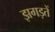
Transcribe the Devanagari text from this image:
झगड़तें